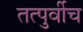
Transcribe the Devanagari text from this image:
तत्पुर्वीच